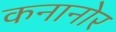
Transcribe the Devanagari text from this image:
कनानोर